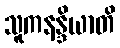
သူကနန္ဒိယာတိ